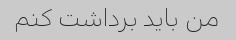
من باید برداشت کنم